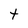
Character: t